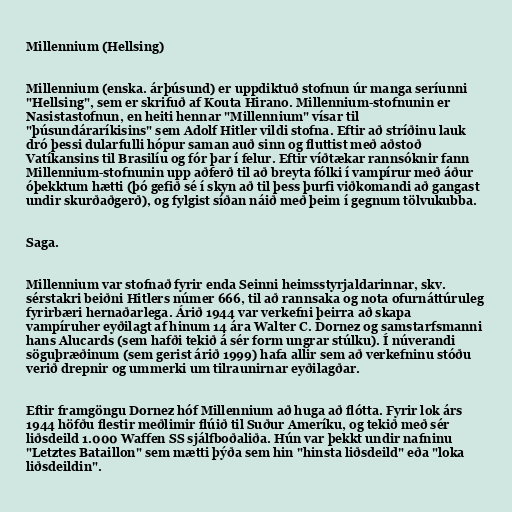
Millennium (Hellsing)

Millennium (enska. árþúsund) er uppdiktuð stofnun úr manga seríunni
"Hellsing", sem er skrifuð af Kouta Hirano. Millennium-stofnunin er
Nasistastofnun, en heiti hennar "Millennium" vísar til
"þúsundáraríkisins" sem Adolf Hitler vildi stofna. Eftir að stríðinu lauk
dró þessi dularfulli hópur saman auð sinn og fluttist með aðstoð
Vatíkansins til Brasilíu og fór þar í felur. Eftir víðtækar rannsóknir fann
Millennium-stofnunin upp aðferð til að breyta fólki í vampírur með áður
óþekktum hætti (þó gefið sé í skyn að til þess þurfi viðkomandi að gangast
undir skurðaðgerð), og fylgist síðan náið með þeim í gegnum tölvukubba.

Saga.

Millennium var stofnað fyrir enda Seinni heimsstyrjaldarinnar, skv.
sérstakri beiðni Hitlers númer 666, til að rannsaka og nota ofurnáttúruleg
fyrirbæri hernaðarlega. Árið 1944 var verkefni þeirra að skapa
vampíruher eyðilagt af hinum 14 ára Walter C. Dornez og samstarfsmanni
hans Alucards (sem hafði tekið á sér form ungrar stúlku). Í núverandi
söguþræðinum (sem gerist árið 1999) hafa allir sem að verkefninu stóðu
verið drepnir og ummerki um tilraunirnar eyðilagðar.

Eftir framgöngu Dornez hóf Millennium að huga að flótta. Fyrir lok árs
1944 höfðu flestir meðlimir flúið til Suður Ameríku, og tekið með sér
liðsdeild 1.000 Waffen SS sjálfboðaliða. Hún var þekkt undir nafninu
"Letztes Bataillon" sem mætti þýða sem hin "hinsta liðsdeild" eða "loka
liðsdeildin".